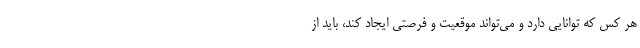
هر کس که توانایی دارد و می‌تواند موقعیت و فرصتی ایجاد کند، باید از